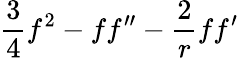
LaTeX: {\frac{3}{4}}f^{2}-ff^{\prime\prime}-{\frac{2}{r}}ff^{\prime}